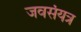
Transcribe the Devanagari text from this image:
जवसंयत्र